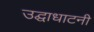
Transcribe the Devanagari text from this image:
उद्घाधाटनी